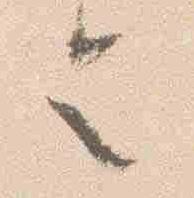
令